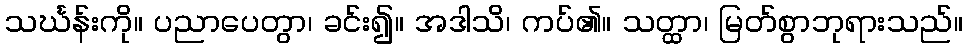
သင်္ဃန်းကို။ ပညာပေတွာ၊ ခင်း၍။ အဒါသိ၊ ကပ်၏။ သတ္ထာ၊ မြတ်စွာဘုရားသည်။